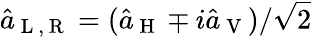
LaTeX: \hat{a}_{\mathrm{~L~},\mathrm{~R~}}=(\hat{a}_{\mathrm{~H~}}\mp i\hat{a}_{\mathrm{~V~}})/\sqrt{2}